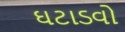
ઘટાડવો